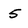
Character: 5